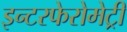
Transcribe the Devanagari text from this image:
इन्टरफेरोमेट्री